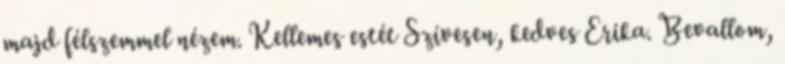
majd félszemmel nézem. Kellemes estét Szívesen, kedves Erika. Bevallom,